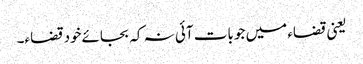
یعنی قضاء میں جو بات آئی نہ کہ بجائےخود قضاء۔